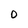
Character: 0